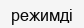
режимді